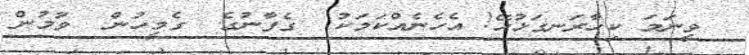
ވީނަމަ ކިހާރަނގަޅުހޭ! އެހެނެއްކަމަކު  ގެފާނުގެ  ގެމީހުން  ވުމުން